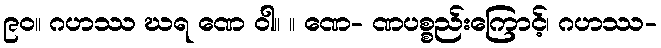
၉၀။ ဂဟဿ ဃရ ဏေ ဝါ။ ။ ဏေ- ဏပစ္စည်းကြောင့်၊ ဂဟဿ-